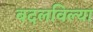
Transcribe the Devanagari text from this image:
बदलविल्या